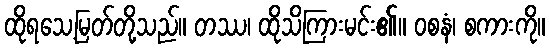
ထိုရသေ့မြတ်တို့သည်။ တဿ၊ ထိုသိကြားမင်း၏။ ဝစနံ၊ စကားကို။